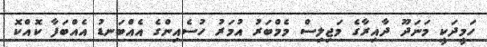
ހަމީދަކީ މަނަދޫ ދާއިރާގެ މަޖިލިސް މެމްބަރު އުމަރު ހުސެއިންގެ އެއްބަނޑު އެއްބަފާ ކޮއްކޮ